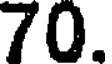
70.